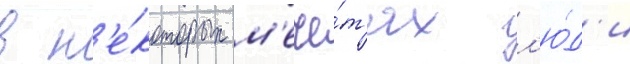
в н'е́которых м'ече́т'ях л'ю́д'и